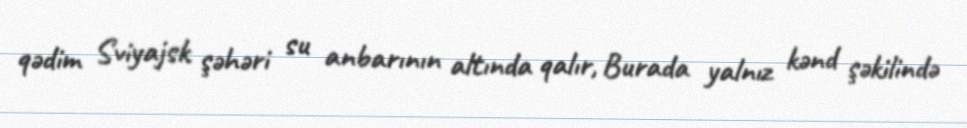
qədim Sviyajsk şəhəri su anbarının altında qalır, Burada yalnız kənd şəkilində